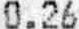
0.26